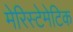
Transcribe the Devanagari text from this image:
मेरिस्टेमेटिक